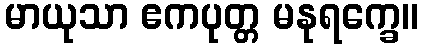
မာယုသာ ဧကပုတ္တ မနုရက္ခေ။